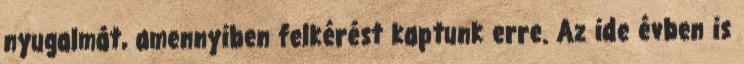
nyugalmát, amennyiben felkérést kaptunk erre. Az ide évben is